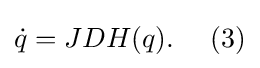
{{\dot {q}}=JDH(q).~\ ~\ {(3)}}